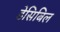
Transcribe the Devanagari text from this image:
डेसिबिल